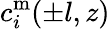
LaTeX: c_{i}^{\mathrm{m}}(\pm l,z)